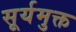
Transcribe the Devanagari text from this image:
सूर्यमुक्त